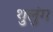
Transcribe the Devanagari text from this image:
थुलुंग